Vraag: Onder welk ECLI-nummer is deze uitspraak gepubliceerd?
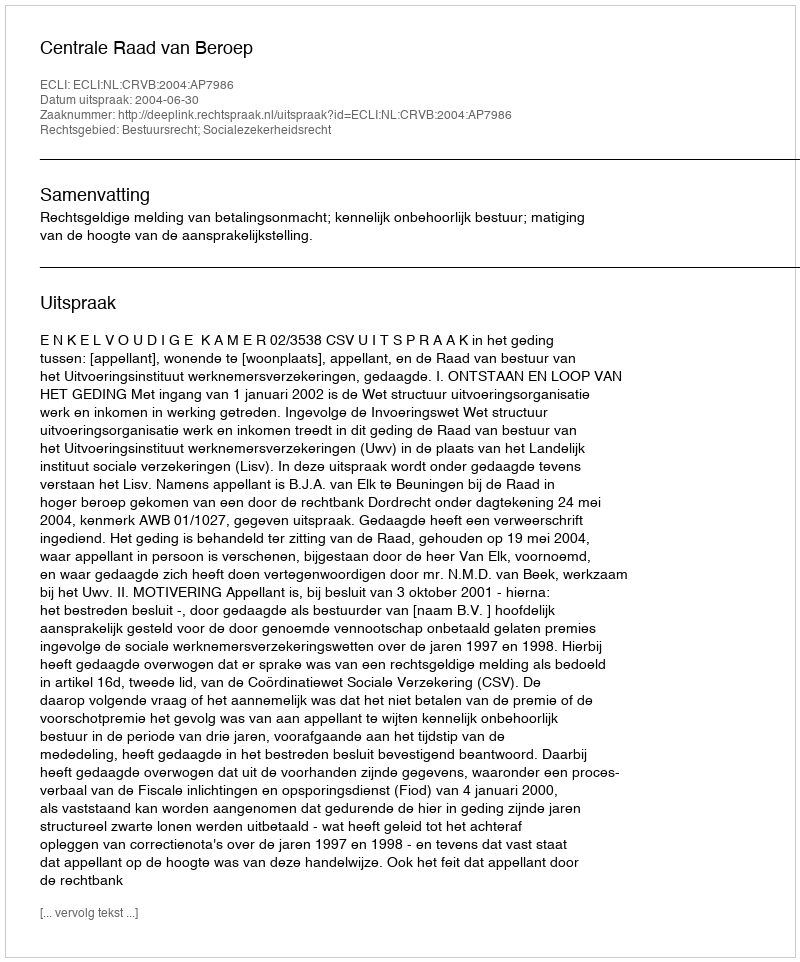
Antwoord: ECLI:NL:CRVB:2004:AP7986